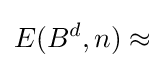
E(B^{d},n)\approx